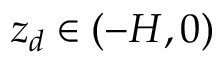
z _ { d } \in ( - H , 0 )